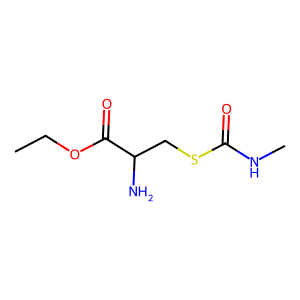
SMILES: CCOC(=O)C(N)CSC(=O)NC
Inhibits HIV replication: No